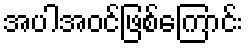
အပါအဝင်ဖြစ်ကြောင်း